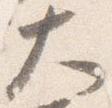
大